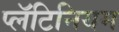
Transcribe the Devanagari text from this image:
प्लॅटिनियम